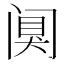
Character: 阒